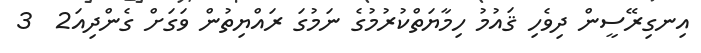
އިނގިރޭސީން ދިވެހި ޤައުމު ހިމާޔަތްކުރުމުގެ ނަމުގަ ރައްޔިތުން ވަގަށް ގެންދިއަ2  3